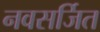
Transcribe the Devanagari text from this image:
नवसर्जित